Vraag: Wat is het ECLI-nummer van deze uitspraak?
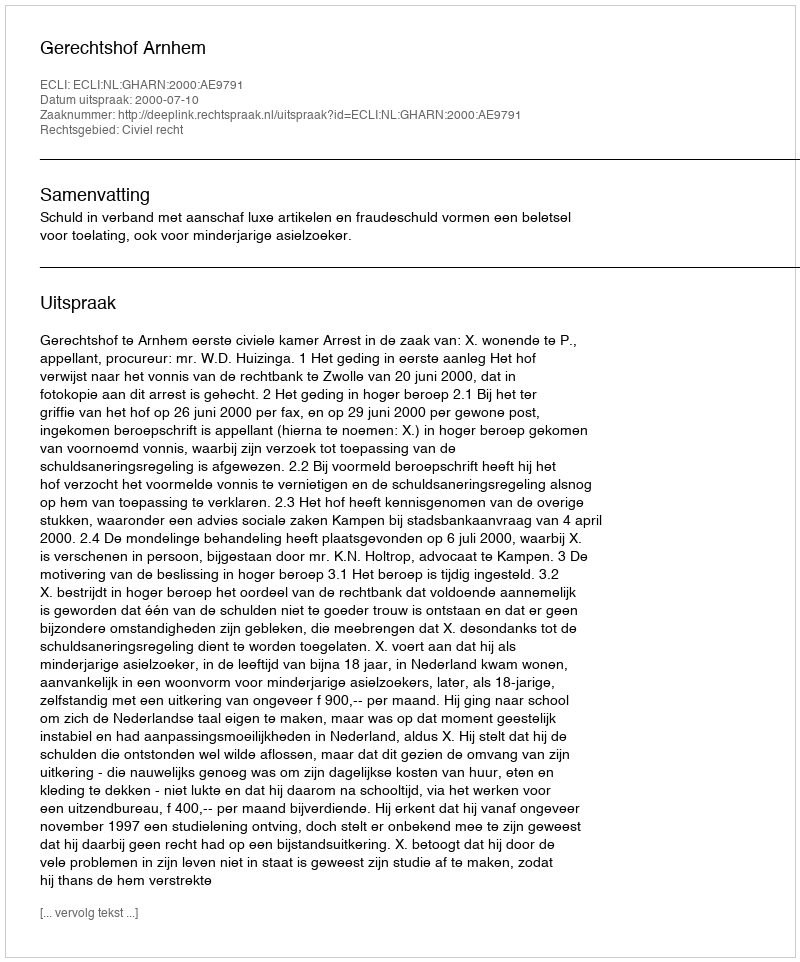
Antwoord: ECLI:NL:GHARN:2000:AE9791